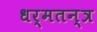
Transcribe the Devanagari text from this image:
धर्मतन्त्र